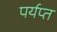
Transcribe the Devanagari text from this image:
पर्यप्त